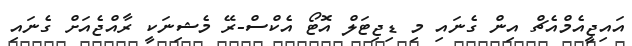
އައިޖީއެމްއެޗް އިން ގެނައި މި ޑިޖިޓަލް އޮޓޯ އެކްސް-ރޭ މެޝިނަކީ ރާއްޖެއަށް ގެނައި